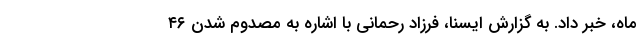
ماه، خبر داد. به گزارش ایسنا، فرزاد رحمانی با اشاره به مصدوم شدن ۴۶